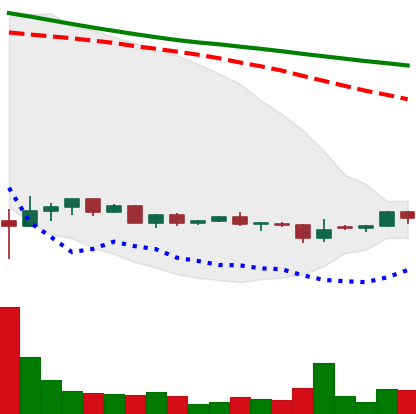
Ticker: DOGE-USD
Chart end date: 2022-05-31
Forward return: -5.399%
Label: down_5_7